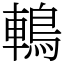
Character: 鿂